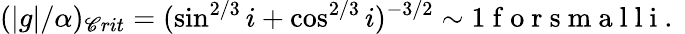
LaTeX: (|g|/\alpha)_{\mathscr{C}rit}=(\sin^{2/3}i+\cos^{2/3}i)^{-3/2}\sim1\mathrm{{~f~o~r~s~m~a~l~l~i~.~}}